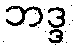
ဘဒ္ဒ